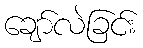
ချော်လဲခြင်း